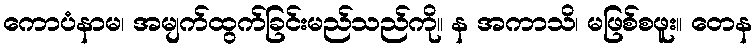
ကောပံနာမ၊ အမျက်ထွက်ခြင်းမည်သည်ကို။ န အကာသိ၊ မဖြစ်စဖူး။ တေန